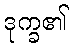
ဒုက္ခ၏